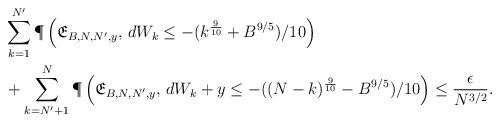
LaTeX: \begin{align*}&\sum_{k=1}^{N'} \P\left( \mathfrak{E}_{B,N,N',y} ,\, d W_k\leq -(k^{\frac{9}{10}}+B^{9/5})/10 \right) \\ & + \sum_{k= N' + 1}^{N} \P\left( \mathfrak{E}_{B,N,N',y} ,\, d W_k +y\leq -((N-k)^{\frac{9}{10}}-B^{9/5})/10 \right) \leq \frac{\epsilon}{N^{3/2}}.\end{align*}